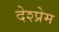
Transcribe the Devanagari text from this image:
देश्प्रेम